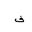
Letter: _fa